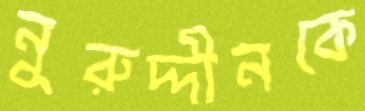
নুরুদ্দীনকে